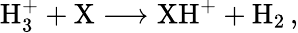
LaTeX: \mathrm{H}_{3}^{+}+\mathrm{X}\longrightarrow\mathrm{XH}^{+}+\mathrm{H}_{2}\, ,